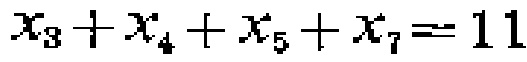
\(x_{3}+x_{4}+x_{5}+x_{7}=11\)